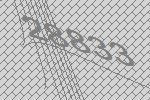
28833